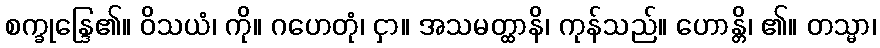
စက္ခုန္ဒြေ၏။ ဝိသယံ၊ ကို။ ဂဟေတုံ၊ ငှာ။ အသမတ္ထာနိ၊ ကုန်သည်။ ဟောန္တိ၊ ၏။ တသ္မာ၊